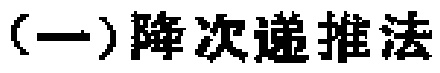
(一)降次递推法